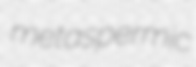
metaspermic